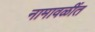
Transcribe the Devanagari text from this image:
नामावळींत